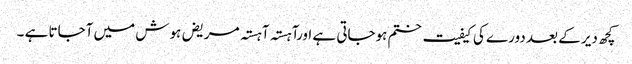
کچھ دیر کے بعد دورے کی کیفیت ختم ہوجاتی ہے اورآہستہ آہستہ مریض ہوش میں آجاتا ہے ۔